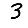
Digit: 3